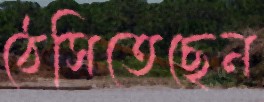
ঠেসিতেছেন